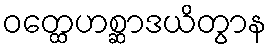
ဝတ္ထေဟစ္ဆာဒယိတွာန